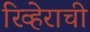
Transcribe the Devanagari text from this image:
रिव्हेराची